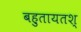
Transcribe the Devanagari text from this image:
बहुतायतश्